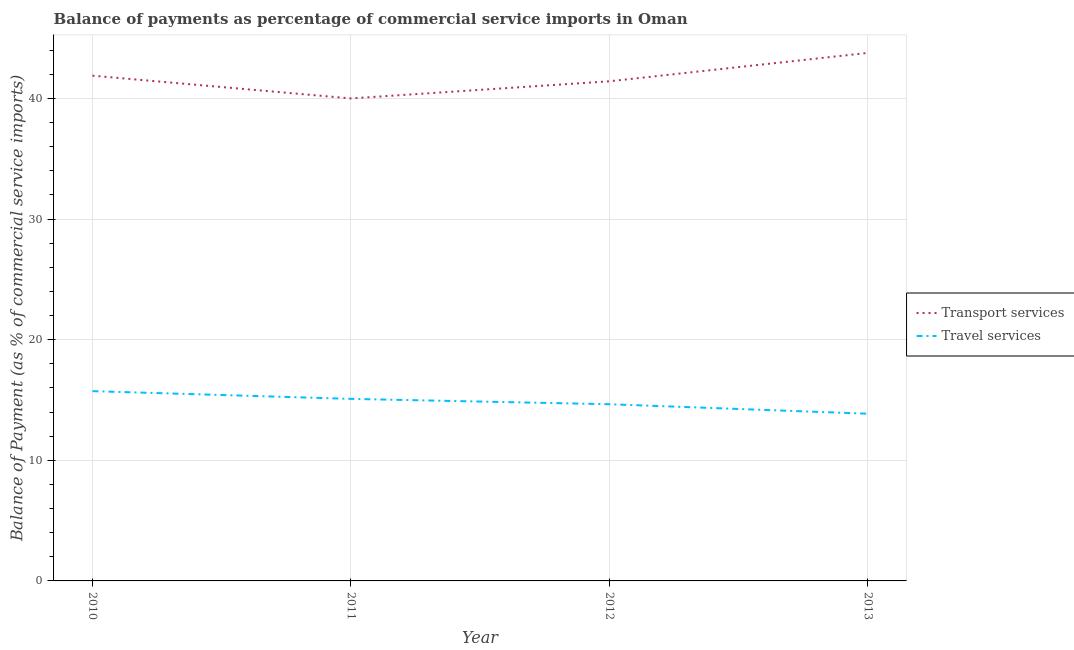
| Year | Transport services | Travel services |
 | --- | --- | --- |
 | 2010 | 41.9 | 15.7 |
 | 2011 | 40 | 15.1 |
 | 2012 | 41.4 | 14.7 |
 | 2013 | 43.8 | 13.9 |